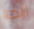
أرادوا